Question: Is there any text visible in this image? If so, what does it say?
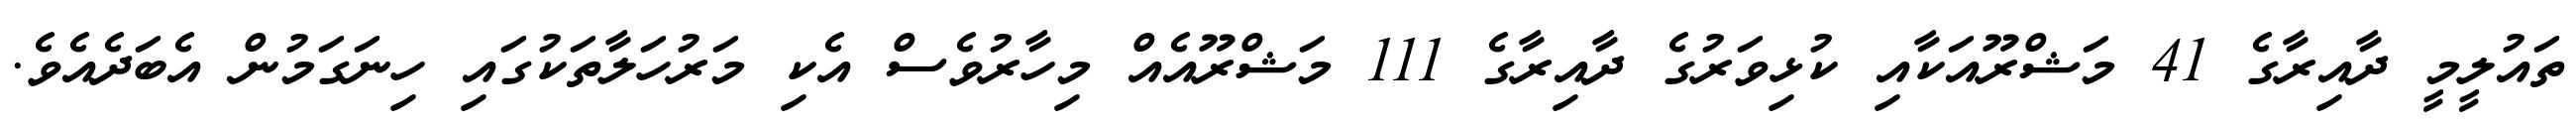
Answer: ތައުލީމީ ދާއިރާގެ 41 މަޝްރޫއަކާއި ކުޅިވަރުގެ ދާއިރާގެ 111 މަޝްރޫއެއް މިހާރުވެސް އެކި މަރުހަލާތަކުގައި ހިނަގަމުން އެބަދެއެވެ.